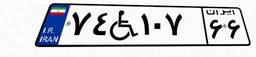
۰۱W۱۷۳۴۸